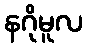
နဂိုမူလ